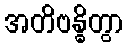
အတိဗန္ဓိတွာ